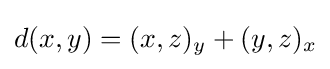
d(x,y)=(x,z)_{y}+(y,z)_{x}